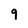
Character: q